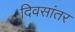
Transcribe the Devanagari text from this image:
दिवसांतर